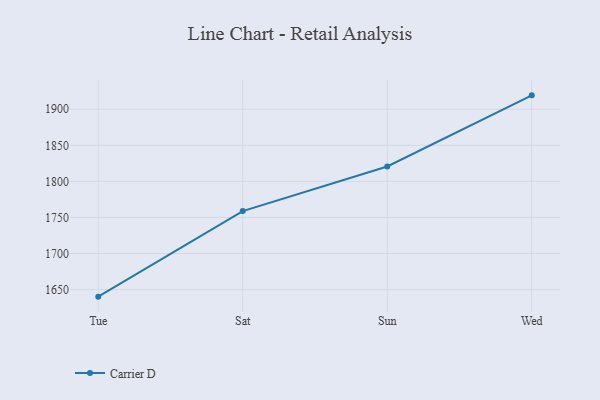
{"axis": {"x": "Day", "y": "Website Visitors"}, "legend": ["Carrier D"], "data": [{"x": "Tue", "y": 1640.2, "type": "Carrier D"}, {"x": "Sat", "y": 1758.8, "type": "Carrier D"}, {"x": "Sun", "y": 1820.7, "type": "Carrier D"}, {"x": "Wed", "y": 1919.3, "type": "Carrier D"}]}